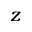
z